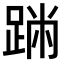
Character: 𨂅